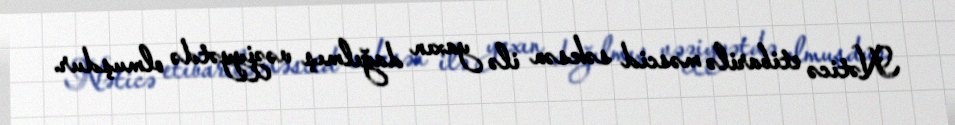
Nəticə etibarilə məscid səksən ilə yaxın dağılmış vəziyyətdə olmuşdur.